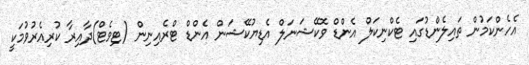
އެހެންކަމުން ތައިލެންޑުގައި ޓެކްނިކަލް އެންޑް ވޮކޭޝަނަލް އެޑިޔުކޭޝަން އެންޑް ޓްރެއިނިން (ޓިވެޓް)ދާއިރާ ކުރިއެރުވުމަކީ